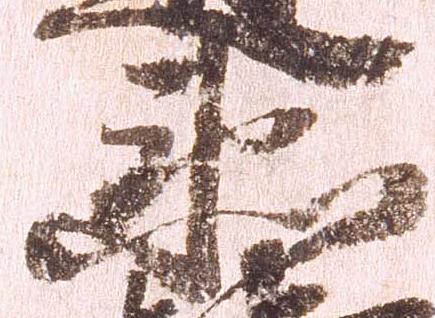
衛